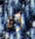
أنا